Report of the Indian Hemp Drugs Commission, 1894-1895 - Volume VII
Year: 1894
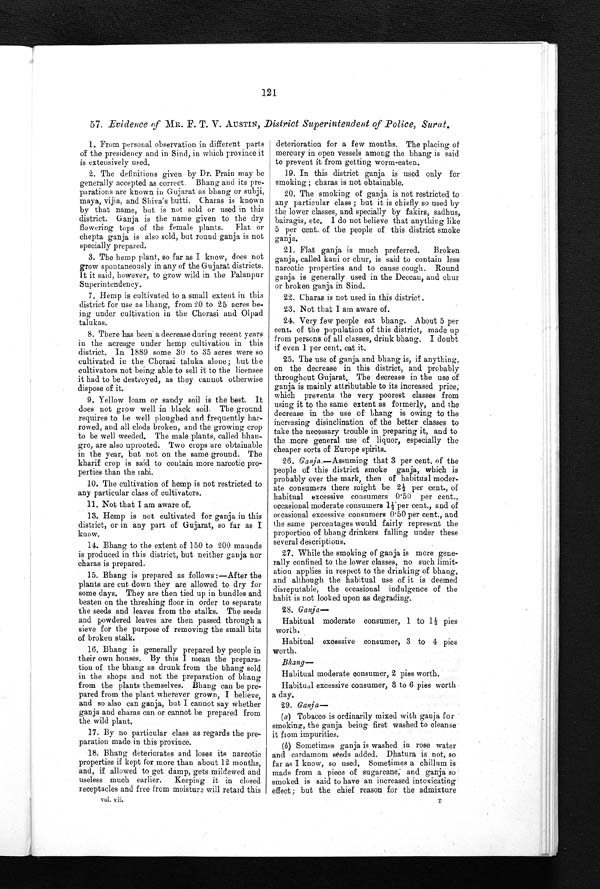
121
57. Evidence of MR. F. T. V. AUSTIN, District Superintendent of Police, Surat.
1. From personal observation in different parts
of the presidency and in Sind, in which province it
is extensively used.
2. The definitions given by Dr. Prain may be
generally accepted as correct. Bhang and its pre
-
parations are known in Gujarat as bhang or subji,
maya, vijia, and Shiva's butti. Charas is known
by that name, but is not sold or used in this
district. Ganja is the name given to the dry
flowering tops of the female plants. Flat or
chepta ganja is also sold, but round ganja is not
specially prepared,
3. The hemp plant, so far as I know, does not
grow spontaneously in any of the Gujarat districts.
I t i t s a i d , h o w e v e r , t o g r o w w i l d i n t h e P a l a n p u r .
Superintendency.
7. Hemp is cultivated to a small extent in this
district for use as bhang, from 20 to 25 acres be
-
ing under cultivation in the Chorasi and Olpad
talukas.
8. There has been a decrease during recent years
in the acreage under hemp cultivation in this
district. In 1889 some 30 to 35 acres were so
cultivated in the Chorasi taluka alone; but the
cultivators not being able to sell it to the licensee
it had to be destroyed, as they cannot otherwise
dispose of it.
9. Yellow loam or sandy soil is the best. It
does not grow well in black soil. The ground
requires to be well ploughed and frequently har
-
rowed, and all clods broken, and the growing crop
to be well weeded, The male plants, called bha
n -
gro, are also uprooted. Two crops are obtainable
in the year, but not on the same ground. The
kharif crop is said to contain more narcotic pro
-
perties than the rabi.
10. The cultivation of hemp is not restricted to
any particular class of cultivators.
1 1 . N o t t h a t I a m a w a r e o f .
13. Hemp is not cultivated for ganja in this
district, or in any part of Gujarat, so far as I
know.
14. Bhang to the extent of 150 to 200 mounds
is produced in this district, but neither ganja nor
charas is prepared.
15. Bhang is prepared as follows :—After the
plants are cut down they are allowed to dry for
some days. They are then tied up in bundles and
beaten on the threshing floor in order to separate
the seeds and leaves from the stalks. The seeds
and powdered leaves are then passed through a
sieve for the purpose of removing the small bits
of broken stalk.
16. Bhang is generally prepared by people in
their own houses. By this I mean the prepara
- t i o n o f t h e b h a n g a s d r u n k f r o m t h e b h a n g s o l d
in the shops and not the preparation of bhang
from the plants themselves. Bhang can be pre--
pared from the plant wherever grown, I believe,
and so also can ganja, but I cannot say whether
ganja and charas can or cannot be prepared from
the wild plant.
17. By no particular class as regards the pre-
paration made in this province.
18. Bhang deteriorates and loses its narcotic
properties if kept for more than about 12 months,
and, if allowed to get damp, gets mildewed and
useless much earlier. Keeping it in closed
receptacles and free from moisture will retard this deterioration for a few months. The placing of
mercury in open vessels among the bhang is said
to prevent it from getting worm-eaten.
19. In this district ganja is used only for
smoking; charas is not obtainable.
20. The smoking of ganja is not restricted to
any particular class ; but it is chiefly so used by
the lower classes, and specially b y f a k i r s , s a
bairagis, etc. I do not believe that anything like
5 per cent. of the people of this district smoke
ganja.
21. Flat ganja is much preferred. Broken
ganja, called kani or chur, is said to contain less
narcotic properties and to cause cough. Round
ganja is generally used in the Deccan, and chur
or broken ganja in Sind.
22. Charas is not used in this district.
23. Not that I am aware of.
24. Very few people eat bhang. About 5 per
cent. of the population of this district, made up
from persons of all classes, drink bhang. I doubt
if even 1 per cent, eat it.
25. The use of ganja and bhang is, if anything,
on the decrease in this district, and probably
throughout Gujarat, The decrease in the use of
ganja is mainly attributable to its increased price,
which prevents the very poorest classes from
using it to the same extent as formerly, and the
decrease in the use of bhang is owing to the
increasing disinclination of the better classes to
take the necessary trouble in preparing it, and to
the more general use of liquor, especially the cheaper sorts of Europe spirits.
26 Ganja .—Assuming that 3 per cent. of the
people of this district smoke ganja, which is
probably over the mark, then of habitual moder
-
ate consumers there might be 2½ per cent., of
habitual excessive consumers 0.50 per cent.,
occasional moderate consumers 1½ per cent., and of
occasional excessive consumers 0 . 50 per cent., and
the same percentages would fairly represent the
proportion of bhang drinkers falling under these
several descriptions.
27. While the smoking of ganja is more gene--
rally confined to the lower classes, no such limit
-
ation applies in respect to the drinking of bhang,
and although the habitual use of it is deemed
disreputable, the occasional indulgence of the
habit is not looked upon as degrading.
2 8
. G a n j a —
Habitual moderate consumer, 1 to 1½ pies
worth.
Habitual excessive consumer, 3 to 4 pies
worth.
B h a n g —
Habitual moderate consumer, 2 pies worth.
Habitual excessive consumer, 3 to 6 pies worth
a day.
2 9
. G a n j a –
(a) Tobacco is ordinarily mixed with ganja fo r
smoking, the ganja being first washed to cleanse
it from impurities.
(b) Sometimes ganja is washed in rose water
and cardamom seeds added. Dhatura is not, so
far as I know, so used. Sometimes a chillum is
made from a piece of sugarcane, and ganja so
smoked is said to have an increased intoxicating
effect; but the chief reason for the admixture
vol. v ii.
T